Vital statistics of India. Vol. IV, Annual returns from 1871 to 1876. British Army of India, Native Army and jails of Bengal
Year: 1871
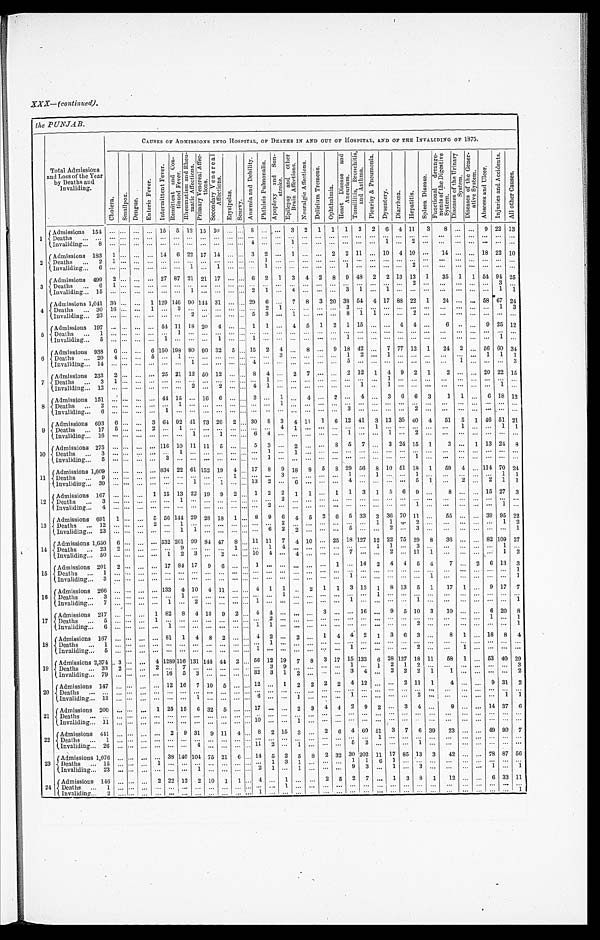
XXX—(continued).
t h e P U N J A B .
Total Admissions
and Loss of the Year
by Deaths and
Invaliding.
CAUSES OF ADMISSIONS INTO HOSPITAL, OF DEATHS IN AND OUT OF HOSPITAL, AND OF THE INVALIDING OF 1875.
C h o l e r a .
S m a l l p o x . D e n g u e .
E n t e r i c F e v e r .
I n t e r m i t t e n t F e v e r . R e m i t t e n t a n d C o n - t i n u e d F e v e r .
R h e u m a t i s m a n d R h e u - m a t i c A f f e c t i o n s . P r i m a r y V e n e r e a l A f f e c - t i o n s . S e c o n d a r y V e n e r e a l A f f e c t i o n s .
E r y s i p e l a s .
S c u r v y .
A n æ m i a a n d D e b i l i t y .
P h t h i s i s P u l m o n a l i s .
A p o p l e x y a n d S u n - s t r o k e . E p i l e p s y a n d o t h e r B r a i n A f f e c t i o n s . N e u r a l g i c A f f e c t i o n s .
D e l i r i u m T r e m e n s .
O p h t h a l m i a .
H e a r t D i s e a s e a n d A n e u r i s m .
T o n s i l l i t i s , B r o n c h i t i s , a n d A s t h m a .
P l e u r i s y & P n e u m o n i a .
D y s e n t e r y . D i a r r h œ a . H e p a t i t i s .
S p l e e n D i s e a s e .
F u n c t i o n a l d e r a n g e - m e n t s o f t h e D i g e s t i v e S y s t e m .
D i s e a s e s o f t h e U r i n a r y S y s t e m .
D i s e a s e s o f t h e G e n e r - a t i v e S y s t e m .
A b s c e s s a n d U l c e r .
I n j u r i e s a n d A c c i d e n t s .
A l l o t h e r C a u s e s .
1
Admissions 154 . . . . . . ... ... 1 5 5 12 15 10 ... . . . 8 ... . . . 3 2 1 1 1 3 2 6 4 11 3 8 ... ... 9 22 13
D e a t h s . . . . . . . . . . . . . . . . . . ... ... ... ... ... ... ... ... ... ... . . . ... ... ... ... ... ... ... ... ... ... . . . ... ... ... ... ...
Inval i di ng . . . 8
. . . . . . . . . . . . . . . . . . . . . . . . . . . ... . . .
4 ... . . . 1 ... . . . . . . . . . . . .
... 1 . . . 2 . . .
. . . . . . . . .
... ...
. . .
2
Admissions 183 1 . . . ... ... 14 6 22 17 14 ... . . . 3 2 . . . 1 ... ... 2 2 11 ... 10 4 10 ... 14 ... . . . 18 22 10
Deaths ... 2 1 . . . ...
. . . . . . . . . . . . . . . . . . ... . . . ... 1
. . . . . .
... . . . . . . . . . . . .
... . . . . . . . . . . . .
. . . . . . . . .
... ...
. . .
Invaliding..._ 6 ... . . . ... ... ... ... 1 . . . 1 ... . . .
... 1
. . . . . .
... . . . . . . 1 . . .
... . . . . . . 2 . . .
. . . . . . . . .
... ...
. . .
3 Admissions 499 2 . . . ... ... 27 87 21 21 17 ... 6 2 1 3 4 2 8 9 48 2 2 13 13 1 35 1 1 54 94 25
D e a t h s . . . 6 1 . . . . . . . . . . . . . . . . . . . . . . . .
... . . .
... ... . . . . . .
...
. . . . . . . . . . . .
... . . . . . . 2 . . .
. . . . . . . . .
... 3
. . .
Invaliding... 1 5 ... . . . ... ... ... ... 1 . . . ... ... . . . 2 1
. . . 4 ...
. . . . . . 3 1 ... 1 . . . . . . . . .
. . . . . . . . .
... 1
1
4 Admissions 1,041 30 . . . ... 1 129 146 90 144 31 ... 29 6 ... 7 8 3 20 38 54 4 17 88 22 1 24 ... ... 58 67 24
D e a t h s . . . 3 0 1 6 . . . . . . 1 . . . 3 . . . . . . . . .
... . . . ... 2
1 . . .
...
. . . . . . 3 . . .
... . . . . . . . . . . . .
. . . . . . . . . ... 1
3
Invaliding... 23 ... . . . ... ... ... ... 2 . . . . . . ... . . .
5 3
. . . 1 ...
. . . . . . 8 1 1
. . . . . . 2 . . .
. . . . . . . . .
... ...
. . .
5
Admissions 197 . . . . . . . . . . . . 54 11 18 20 4 ... . . . 1 1 ... 4 5 1 2 1 15 ... ... 4 4 ... 6 . . ... 9 25 12
Deaths ... 1 ... . . . ... ... ... 1 . . . . . . ... ... . . . ... ... . . . ... ... . . . . . . . . . . . . ... . . . . . . . . . . . . . . . ... ... ... ... . . .
Invaliding... 5 ... . . . ... ... 1 ... ... . . . 1 ... . . . 1 ...
. . . . . .
...
. . . . . . 1 . . .
... . . . . . . . . . . . .
. . . . . . . . . 1 . . .
6
Admissions 938 6 . . . ... 6 150 198 80 90 32 5 ... 15 2 4 . . . 8 . . . 9 18 42 ... 7 77 12 1 24 2 . . . 56 60 34
Deaths ... 20 4 . . .
... 5 ... 1 ... ... . . . ... . . . ... ... 3 . . . ... ... ...
1 2 ... 1 . . . . . . . . .
. . . . . . ... 1 1 1
Invaliding... 14 ... . . . ... ... ... ... 1 . . . . . . ... . . .
4 ... . . . . . .
...
. . . . . . 5 . . .
... . . . . . . . . . . . .
. . . 1 . . .
... ...
3
7
Admissions 233 2 . . . ... ... 25 21 12 50 12 ... . . . 8 4 ... 2 7 . . . ... 2 12 1 4 9 2 1 2 ... ... 20 22 15
D e a t h s . . . 3
1 . . . . . . . . . . . . . . . . . . . . . . . .
... . . . ... 1 . . . . . .
...
. . . . . . . . . . . .
... 1 . . . . . . . . .
. . . . . . . . .
... ...
. . .
Invaliding... 12 ... . . . ... ... ... ... 2 ... 2 ... . . . 41
. . . . . .
...
. . . . . . . . . 1 ... 1 . . . . . . . . .
. . . . . . . . . ... 1 . . .
8
Admissions 151 ... . . . ... ... 44 15 ... 16 6 ... ... 3 ... 1 . . . 4 ... 2 . . . 4 ... 3 6 6 3 1 1 ... 6 18 12
Deaths ... 2 ... . . . . . . . . . . . . 1 . . . . . . . . .
... . . . ...... 1 . . .
...
. . . . . . . . . ... ... ... ... ... ...
. . . . . . ... ... ... . . .
Invaliding... 6 ... . . . . . . . . . 1 . . . . . . . . . . . .
... . . . ...... . . . . . .
...
. . . . . . 3 . . .
... . . . . . . 2 . . .
. . . . . . . . .
... ...
. . .
9 Admissions
6 9 3 6 . . . . . . 3 64 92 41 73 26 2 ... 30 8 3 4 11 1 6 12 41 3 13 35 40 4 51 5 1 46 51
2 1
D e a t h s . . . 1 7 5 . . . . . . 2 . . . 1 . . . . . . . . . . . . . . .
... ... 4 1 ...
. . . . . . . . . . . .
1
. . . . . . . . . . . .
. . . 1 . . .
... 1 1
Invaliding... 16 . . . . . . ... ... ... ... 1 ... 1 ... . . . 6 4 ... ... ... . . . . . . 1 . . .
... 1 . . . 2 . . .
. . . . . . . . .
... ...
. . .
10 Admissions 275 . . . . . .
. . . . . . 116 10 11 11 5 ... . . . 5 3 ... 2 ... . . . 8 5 7 ... 3 24 15 1 3 . . . 1 13 24 8
Deaths ... 3 ... . . . . . . . . . . . . 1 . . . . . . . . .
... . . . ...1
. . . 1 ...
. . . . . . . . . . . .
... . . . . . . . . . . . .
. . . . . . . . .
... ...
. . .
I n v a l i d i n g . . . 5 . . . . . . . . . . . . 3 . . . . . . . . . . . .
... . . . ...1
. . . . . .
...
. . . . . . . . . . . .
... . . . . . . 1 . . .
. . . . . . . . .
... ...
. . .
1 1 Admissions 1,609 ... . . . ... ... 8 3 4 22 61 152 19 4 . . . 17 8 9 18 8 5 8 29 56 8 10 51 18 1 59 4 . . . 114 70 24
D e a t h s . . . 9 . . . . . . . . . . . . . . . . . . . . . . . . . . . 1 . . .
... ... 3 . . .
...
. . . . . . 1 . . .
1
. . . . . . 1 . . .
. . . . . . . . .
... 1
1
I n v a l i d i n g . . . 3 9 . . . . . . . . . . . . . . . . . . 1 . . . 1 . . . . . .
132
. . . 6 ...
. . . . . . 4 . . .
... . . . . . . 5 1
. . . 2 . . . 2 1 1
1 2 Admissions 167 ... . . . ... 1 15 13 22 19 9 2 . . . 1 2 2 1 1 . . . 1 1 3 1 5 6 9 . . . 8 ... ... 15 27 3
D e a t h s . . . 3 . . . . . . . . . . . . . . . 1 . . . . . . . . . . . . . . . ...... 2 . . . ... . . . . . . . . . . . . ... . . . . . . . . . . . . . . .
. . . ... ... ... . . .
I n v a l i d i n g . . . 4 . . . . . . . . . . . . . . . . . . . . . . . . . . . . . . . . . ...2
. . . . . .
...
. . . . . . . . . . . .
... . . . . . . 1 . . . . . . . . . . . .
... 1
. . .
1 3 Admissions 691 1 . . . ... 5 56 144 29 28 1 8 1 . . . 8 9 6 4 5 2 6 5 33 3 36 70 11 ... 55 ... ... 39 95 22
D e a t h s . . . 1 2 . . . . . . . . . 2 . . . 1 . . . . . . . . . . . . . . . ...... 2 . . .
...
. . . . . . . . . . . .
1
1 . . . 2 . . .
. . . . . . . . .
... 1
2
I n v a l i d i n g . . . 2 3 . . . . . . . . . . . . . . . 1 1 . . . . . . . . . . . . ...6
2 2 ...
. . . . . . 5 . . .
... 2 . . . 3 . . .
. . . . . . . . .
... ...
1
14 Admissions 1,650 6 . . . ... ... 532 261 99 84 47 8 . . . 11 11 7 4 10 ... 25 18 127 12 22 75 29 8 36 ... ... 82 109 27
Deaths ... 23 2 . . . ... ... ... 9 . . . . . . . . . 1 . . . . . . 1 4 . . . ... . . . . . . . . . . . . 1 1 ... 3 . . . . . .
. . . . . . ... 1 . . .
Invaliding... 50 ... . . . . . . ... 1 2 3 . . . 2 ... . . . 10 4 . . . 4 ... ... . . . 7 . . . ... 2 . . . 11 1
. . . . . . . . .
... 1
2
1 5 Admissions 201 2 . . . . . . ... 17 84 17 9 6 ... . . . 1 ... . . . . . . ... . . . 1 . . . 14 2 4 4 5 4 7 ... 2 6 13 3
D e a t h s . . . 1 . . . . . . . . . . . . . . . . . . . . . . . . . . .
... . . . ...... . . . . . .
...
. . . . . . . . . . . .
... . . . . . . . . . . . .
. . . . . . . . . . . .
...
1
Invaliding... 3 . . . . . . . . . . . . . . . . . . . . . . . . . . . ... . . . ... ... . . . ... ... . . . . . . 1 . . .
... . . . . . . . . . 1
. . . . . . . . . . . .
...
1
16 Admissions 266 ... . . . . . . ... 133 4 10 4 11 ... . . . 4 1 1 . . . 2 1 1 3 12 1 8 13 5 1 17 1 . . . 9 17 7
Deaths ... 3 ... . . . . . . . . . . . . 1 . . . . . . . . .
... . . . ...... 1 . . .
...
. . . . . . . . . . . .
1
. . . . . . . . . ... ... ... ... ... ... ...
I n v a l i d i n g . . . 7 . . . . . . . . . . . . 1 . . . 2 . . . . . .
... . . . 1... . . . . . .
...
. . . . . . 1 . . .
... . . . . . . 1 . . . . . . . . . . . .
... ...
1
1 7 Admissions 217 ... . . . ... 1 82 8 4 13 9 2 . . . 4 4 ... ... ... 3 ... ... 16 ... 9 5 10 3 10 ... ... 6 20 8
Deaths ... 5 ... . . . ... 1 . . . . . . . . . . . . . . . ... . . . ... 2 . . . . . . . . . ... . . . . . . . . . ... . . . ... ... ... ... ... ... 1 ... 1
I n v a l i d i n g . . . 6 . . . . . . . . . . . . 1 . . . . . . . . . . . .
... . . . 11
. . . . . .
...
. . . . . . . . . . . .
... . . . . . . 2 . . . . . . . . . . . . . . .
...
1
1 8 Admissions 167 ... . . . . . . . . . 81 1 4 8 2 ... . . . 4 2 . . . 2 ... 1 4 4 2 1 3 6 3 . . . 8 1 . . . 18 8 4
D e a t h s . . . 1 . . . . . . . . . . . . . . . . . . . . . . . . ... ... ... ... 1
. . . . . . ... . . . . . . ... ... ... ... ... ... ... ...
. . . ... ... ... ...
I n v a l i d i n g . . . 5 . . . . . . . . . . . . . . . . . . . . . . . . . . .
... . . .
1 ... . . . . . . ... . . . . . . 1 . . .
... . . . . . . 2 . . . . . . 1 . . .
... ...
. . .
19 Admissions 2,374 3 . . . . . . 4 1289 116 131 144 44 2 ... 56 12 19 7 8 3 17 15 133 6 28 127 18 11 58 1 ... 53 40 29
Deaths ... 33 2 . . . . . . 2 . . . 7 ... . . . . . . ... . . . ... 3 9 . . . ... ... .. 1 . . . 1 2
1 2
. . .
. . . . . . . . .
... ...
3
Invaliding... 79 ... . . . ... ... 16 5 3 . . . . . . ... ... 32 3 1 2 ... . . . ... 3 4 ... 2 2 2 1
1 . . . . . .
... ...
2
20 Admissions 147 ... . . . . . . ... 12 16 7 10 5 ... ... 12 ... 1 2 2 2
2 4 12 ... . . . 2 11 1 4 . . . . . . 9 31 2
Deaths ... ... ... . . . . . . . . . . . . . . . . . . . . . . . .
... . . . ... ... . . . . . . ... . . . . . . . . . . . .
... . . . . . . . . . . . .
. . . . . . . . . . . .
... . . .
Invaliding.. 13 . . . . . . . . . . . . . . . . . . 1 . . . . . .
... . . . 6 ... . . . 1 ...
. . . . . . 1 . . .
... . . . . . . 2 . . .
. . . . . . . . . . . .
1
1
21 Admissions 200 . . . . . . . . . 1 25 15 6 32 5 ... ... 17 ... . . . 2 3 4 4 2 9 2 . . . 3 4 ...
9 ... ... 14 37 6
Deaths ... ... ... . . . . . . . . . . . . . . . . . . . . . . . . ... . . . . . . ... . . . . . . ... . . . . . . . . . . . . ... . . . . . . . . . . . . . . . . . . . . . ... ... . . .
Invaliding... 1 1 . . . . . . . . . . . . . . . . . . . . . . . . . . .
... . . . 10 ... . . . 1 ...
. . . . . . . . . . . .
... . . . . . . . . . . . . . . .
. . . . . . ... ... . . .
22 Admissions 441 ... . . . ... ... 2 9 31 9 11 4 ... 8 2 15 3 ... 2 6 4 60 51 3 7 6 39 23 ... ... 49 90 7
Deaths ... 1 . . . . . . . . . . . . . . . . . . . . . . . . . . . . . . . . . ...... . . . . . .
...
. . . . . . . . . . . . 1 . . . . . . . . . . . . . . .
. . . . . . ... ... . . .
I n v a l i d i n g . . . 2 6 . . . . . . . . . . . . . . . . . . 4 . . . . . . . . . . . . . 1112
. . . 1 ...
. . . . . . 5 2 ... . . . . . . 1 . . . . . .
. . . . . . ... ... . . .
2 3 Admissions 1,076 ... . . . . . . ... 38 140 104 75 21 6 . . . 14 5 2 5 8 2 32 30 202 11 17 85 13 3 42 ... ... 78 87 56
D e a t h s . . . 1 5 . . . . . . . . . 1 . . . . . . . . . . . . . . . . . . . . . ...1
3 1 ...
. . . . . . 1 1 6
1 . . . . . . . . .
. . . . . . . . .
... ...
. . .
I n v a l i d i n g . . . 2 3 . . . . . . . . . . . . . . . . . . 1 . . . . . . . . . . . . 21
. . . 1 ...
. . . . . . 9 3 ... 1 . . . 3 . . .
. . . . . . . . .
1 ...
1
24 Admissions 146 ... . . . ... 2 22 12 2 10 1 1 . . . 4 ... 1 . . . ... 2 5 2 7 ... 1 3 8 1 12 ... ... 6 33 11
Deaths ... 1 . . . . . . . . . . . . . . . . . . . . . . . . . . .
... . . .
... ... 1 . . .
...
. . . . . . . . . . . .
... . . . . . . . . . . . .
. . . . . . . . .
... ...
. . .
Invaliding... 2 . . . . . . . . . . . . . . . . . . . . . . . . . . .
... . . .
1 ... . . . . . .
...
. . . . . . . . . . . .
... . . . . . . . . . . . .
. . . . . . . . .
... ... 1